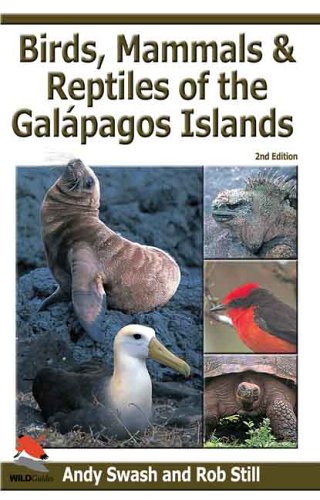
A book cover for Birds, Mammals, and Reptiles of the GalÃ¡pagos Islands: An Identification Guide, 2nd Edition; Andy Swash; Travel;